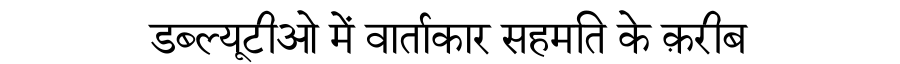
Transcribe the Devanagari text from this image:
डब्ल्यूटीओ में वार्ताकार सहमति के क़रीब